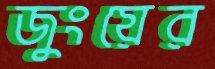
জুংয়ের